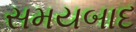
સમયબાદ